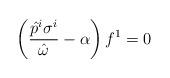
LaTeX: \begin{align*}\left(\frac{\hat{p}^i \sigma^i}{\hat{\omega}}-\alpha\right)f^1=0\end{align*}